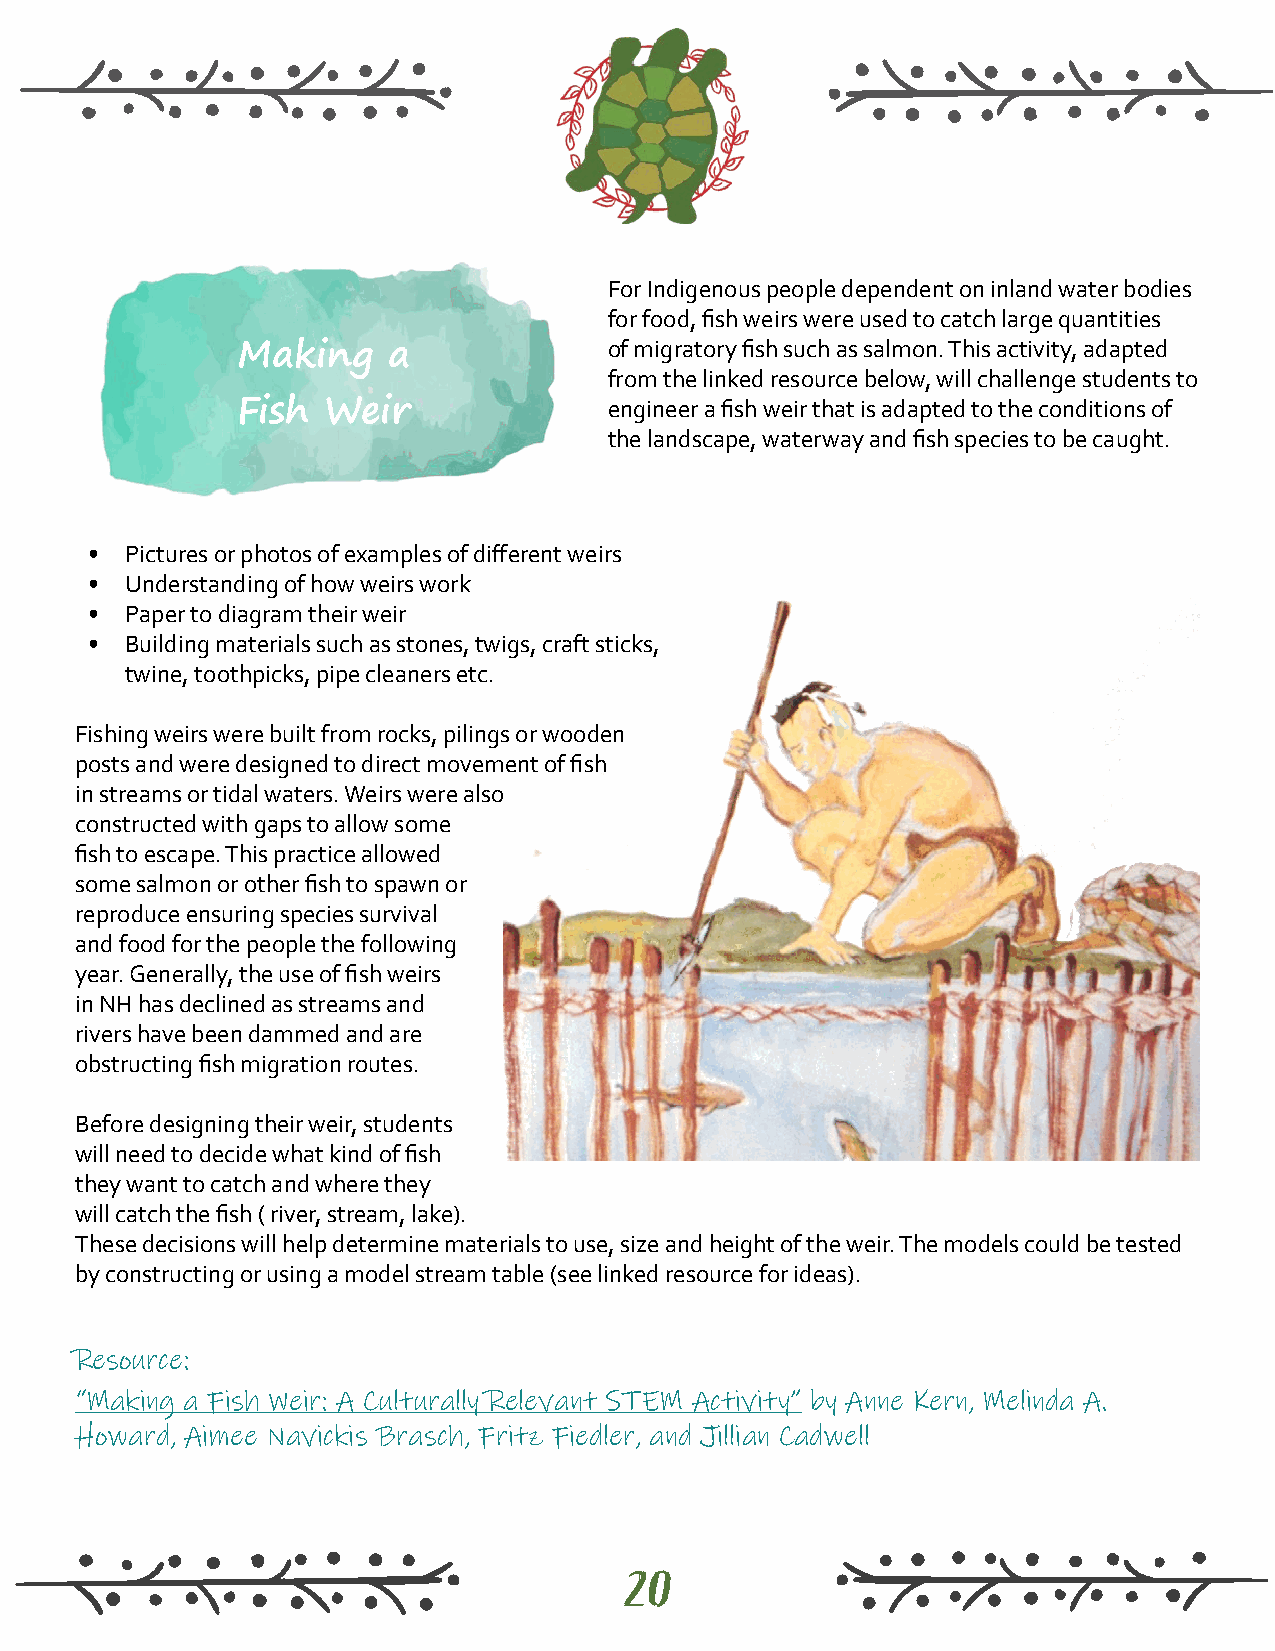
For Indigenous people dependent on inland water bodies
 for food, fish weirs were used to catch large quantities
 of migratory fish such as salmon. This activity, adapted
 Making    a
 from the linked resource below, will challenge students to
 Fish Weir               engineer a fish weir that is adapted to the conditions of
 the landscape, waterway and fish species to be caught.
 • Pictures or photos of examples of different weirs
 • Understanding of how weirs work
 • Paper to diagram their weir
 • Building materials such as stones, twigs, craft sticks,
 twine, toothpicks, pipe cleaners etc.
 Fishing weirs were built from rocks, pilings or wooden
 posts and were designed to direct movement of fish
 in streams or tidal waters. Weirs were also
 constructed with gaps to allow some
 fish to escape. This practice allowed
 some salmon or other fish to spawn or
 reproduce ensuring species survival
 and food for the people the following
 year. Generally, the use of fish weirs
 in NH has declined as streams and
 rivers have been dammed and are
 obstructing fish migration routes.
 Before designing their weir, students
 will need to decide what kind of fish
 they want to catch and where they
 will catch the fish ( river, stream, lake).
 These decisions will help determine materials to use, size and height of the weir. The models could be tested
 by constructing or using a model stream table (see linked resource for ideas).
 Resource:
 “Making a Fish Weir: A Culturally Relevant STEM Activity” by Anne Kern, Melinda A.
 Howard, Aimee Navickis Brasch, Fritz Fiedler, and Jillian Cadwell
 20